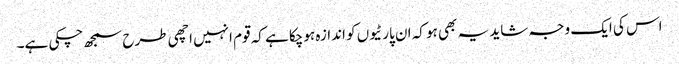
اس کی ایک وجہ شاید یہ بھی ہو کہ ان پارٹیوں کو اندازہ ہوچکا ہے کہ قوم انہیں اچھی طرح سمجھ چکی ہے۔